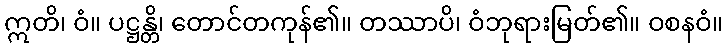
ဣတိ၊ ဝံ။ ပဋ္ဌန္တိ၊ တောင်တကုန်၏။ တဿာပိ၊ ဝံဘုရားမြတ်၏။ ဝစနဝံ။